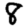
Digit: 8